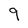
Character: 9